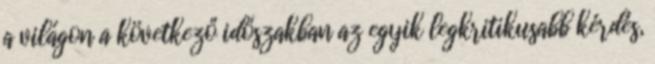
a világon a következő időszakban az egyik legkritikusabb kérdés,